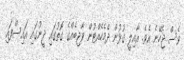
ވެސް ޖެހޭނެ އެވެ. އާއިލީ ގުޅުން ދެމެހެއްޓުން ވާޖިބެއްގެ ގޮތުގައި ދީނުގައި އައިސްފައި